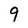
Character: 9